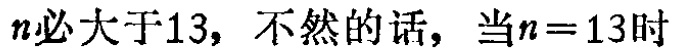
\(n\)必大于13，不然的话，当\(n = 13\)时